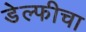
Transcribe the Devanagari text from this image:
डेल्फीचा